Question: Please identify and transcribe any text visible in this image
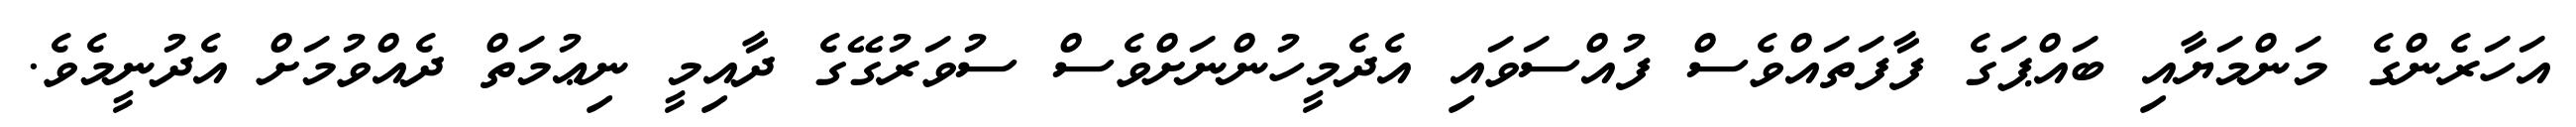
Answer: އަހަރެންގެ މަންމަޔާއި ބައްޕަގެ ފާފަތައްވެސް ފުއްސަވައި އެދެމީހުންނަށްވެސް ސުވަރުގޭގެ ދާއިމީ ނިޢުމަތް ދެއްވުމަށް އެދުނީމެވެ.